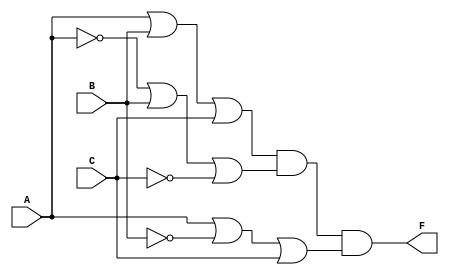
module pos_simplification (
    input wire A,      // Input variable A
    input wire B,      // Input variable B
    input wire C,      // Input variable C
    // Add more inputs as necessary
    output wire F      // Output for the simplified logical function
);

// POS expression: F(A, B, C) = (A + B + C)(A' + B + C')(A + B' + C)
// You can modify the sum terms as needed for your specific case

// Internal signals for the sum terms
wire sum1, sum2, sum3;

// Sum term 1: (A + B + C)
assign sum1 = A | B | C;

// Sum term 2: (A' + B + C')
assign sum2 = ~A | B | ~C;

// Sum term 3: (A + B' + C)
assign sum3 = A | ~B | C;

// Final output: AND of all sum terms
assign F = sum1 & sum2 & sum3;

endmodule